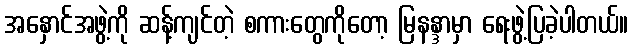
အနှောင်အဖွဲ့ကို ဆန့်ကျင်တဲ့ စကားတွေကိုတော့ မြနန္ဒာမှာ ရေးဖွဲ့ပြခဲ့ပါတယ်။